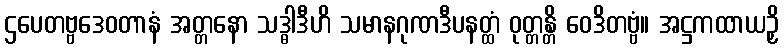
ဌပေတဗ္ဗဒေဝတာနံ အတ္တနော သဒ္ဓါဒီဟိ သမာနဂုဏဒီပနတ္ထံ ဝုတ္တန္တိ ဝေဒိတဗ္ဗံ။ အဋ္ဌကထာယဉှိ